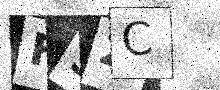
Text: F3ZC